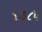
૧૭૮૫